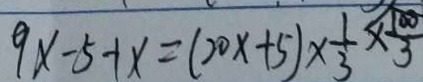
9 x - 5 + x = ( 2 0 x + 5 ) \times \frac { 1 } { 3 } \times \frac { 1 0 0 } { 3 }